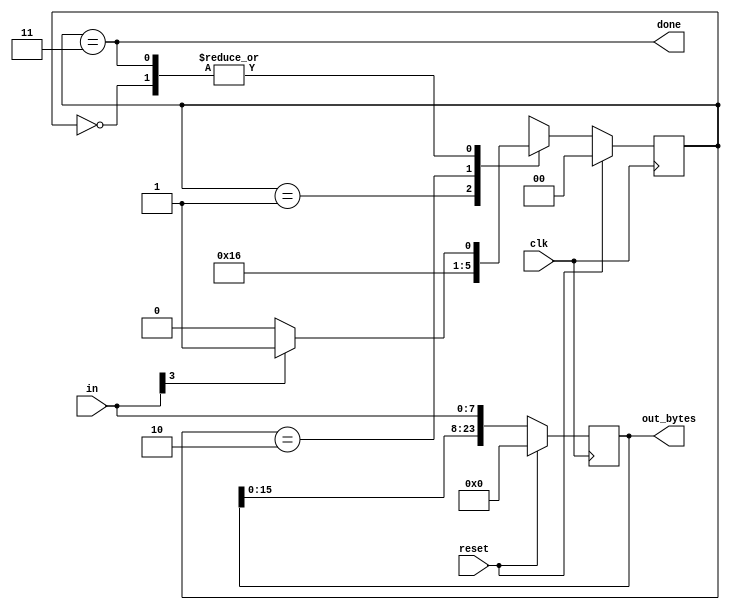
module top_module(
    input clk,
    input [7:0] in,
    input reset,    // Synchronous reset
    output [23:0] out_bytes,
    output done); //

    parameter none=0, b1=1, b2=2, d=3;
    reg [1:0] state, next;
    reg [7:0] p_in;
    // FSM from fsm_ps2
    always @(*) begin
        case (state)
            none: next = in[3]?b1:none;
            b1: next = b2;
            b2: next = d;
            d: next = in[3]?b1:none;
        endcase
    end
    // State flip-flops (sequential)
    always @(posedge clk) begin
        if (reset) begin
            state <= none;
            p_in <= in;
        end
        else begin
            state <= next;
         	p_in <= in;
        end
    end
    // New: Datapath to store incoming bytes.
    always @(posedge clk) begin
        if (reset)
            out_bytes <= 24'b0;
		else
            out_bytes <= {out_bytes[15:8], out_bytes[7:0], in};
    end
    
    assign done = (state==d);

endmodule